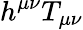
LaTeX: h^{\mu\nu}T_{\mu\nu}